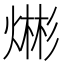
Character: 𪹡